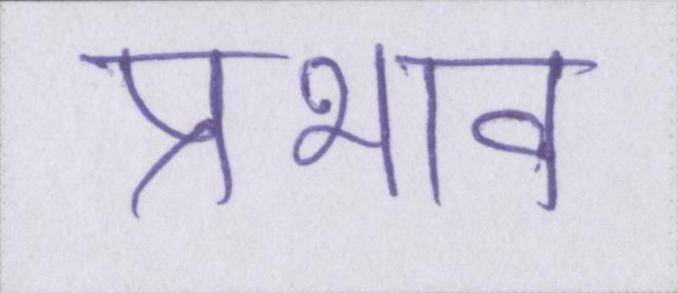
प्रभाव